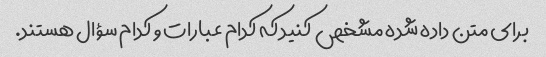
برای متن داده شده مشخص کنید که کدام عبارات و کدام سؤال هستند.